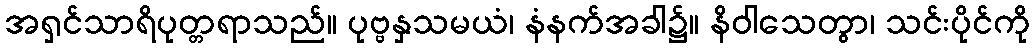
အရှင်သာရိပုတ္တရာသည်။ ပုဗ္ဗနှသမယံ၊ နံနက်အခါ၌။ နိဝါသေတွာ၊ သင်းပိုင်ကို